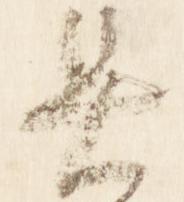
具